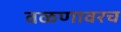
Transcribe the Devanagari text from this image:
वळणावरच